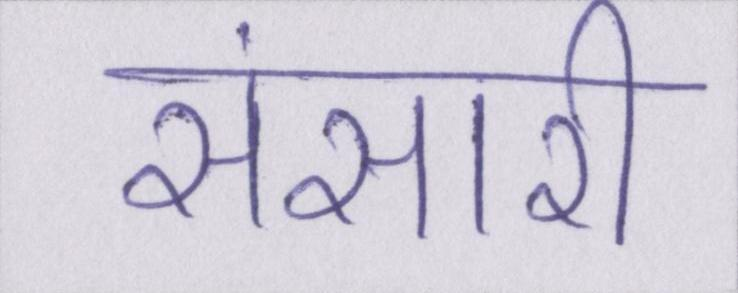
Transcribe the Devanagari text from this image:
संसारी